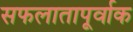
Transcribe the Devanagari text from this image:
सफलातापूर्वाक